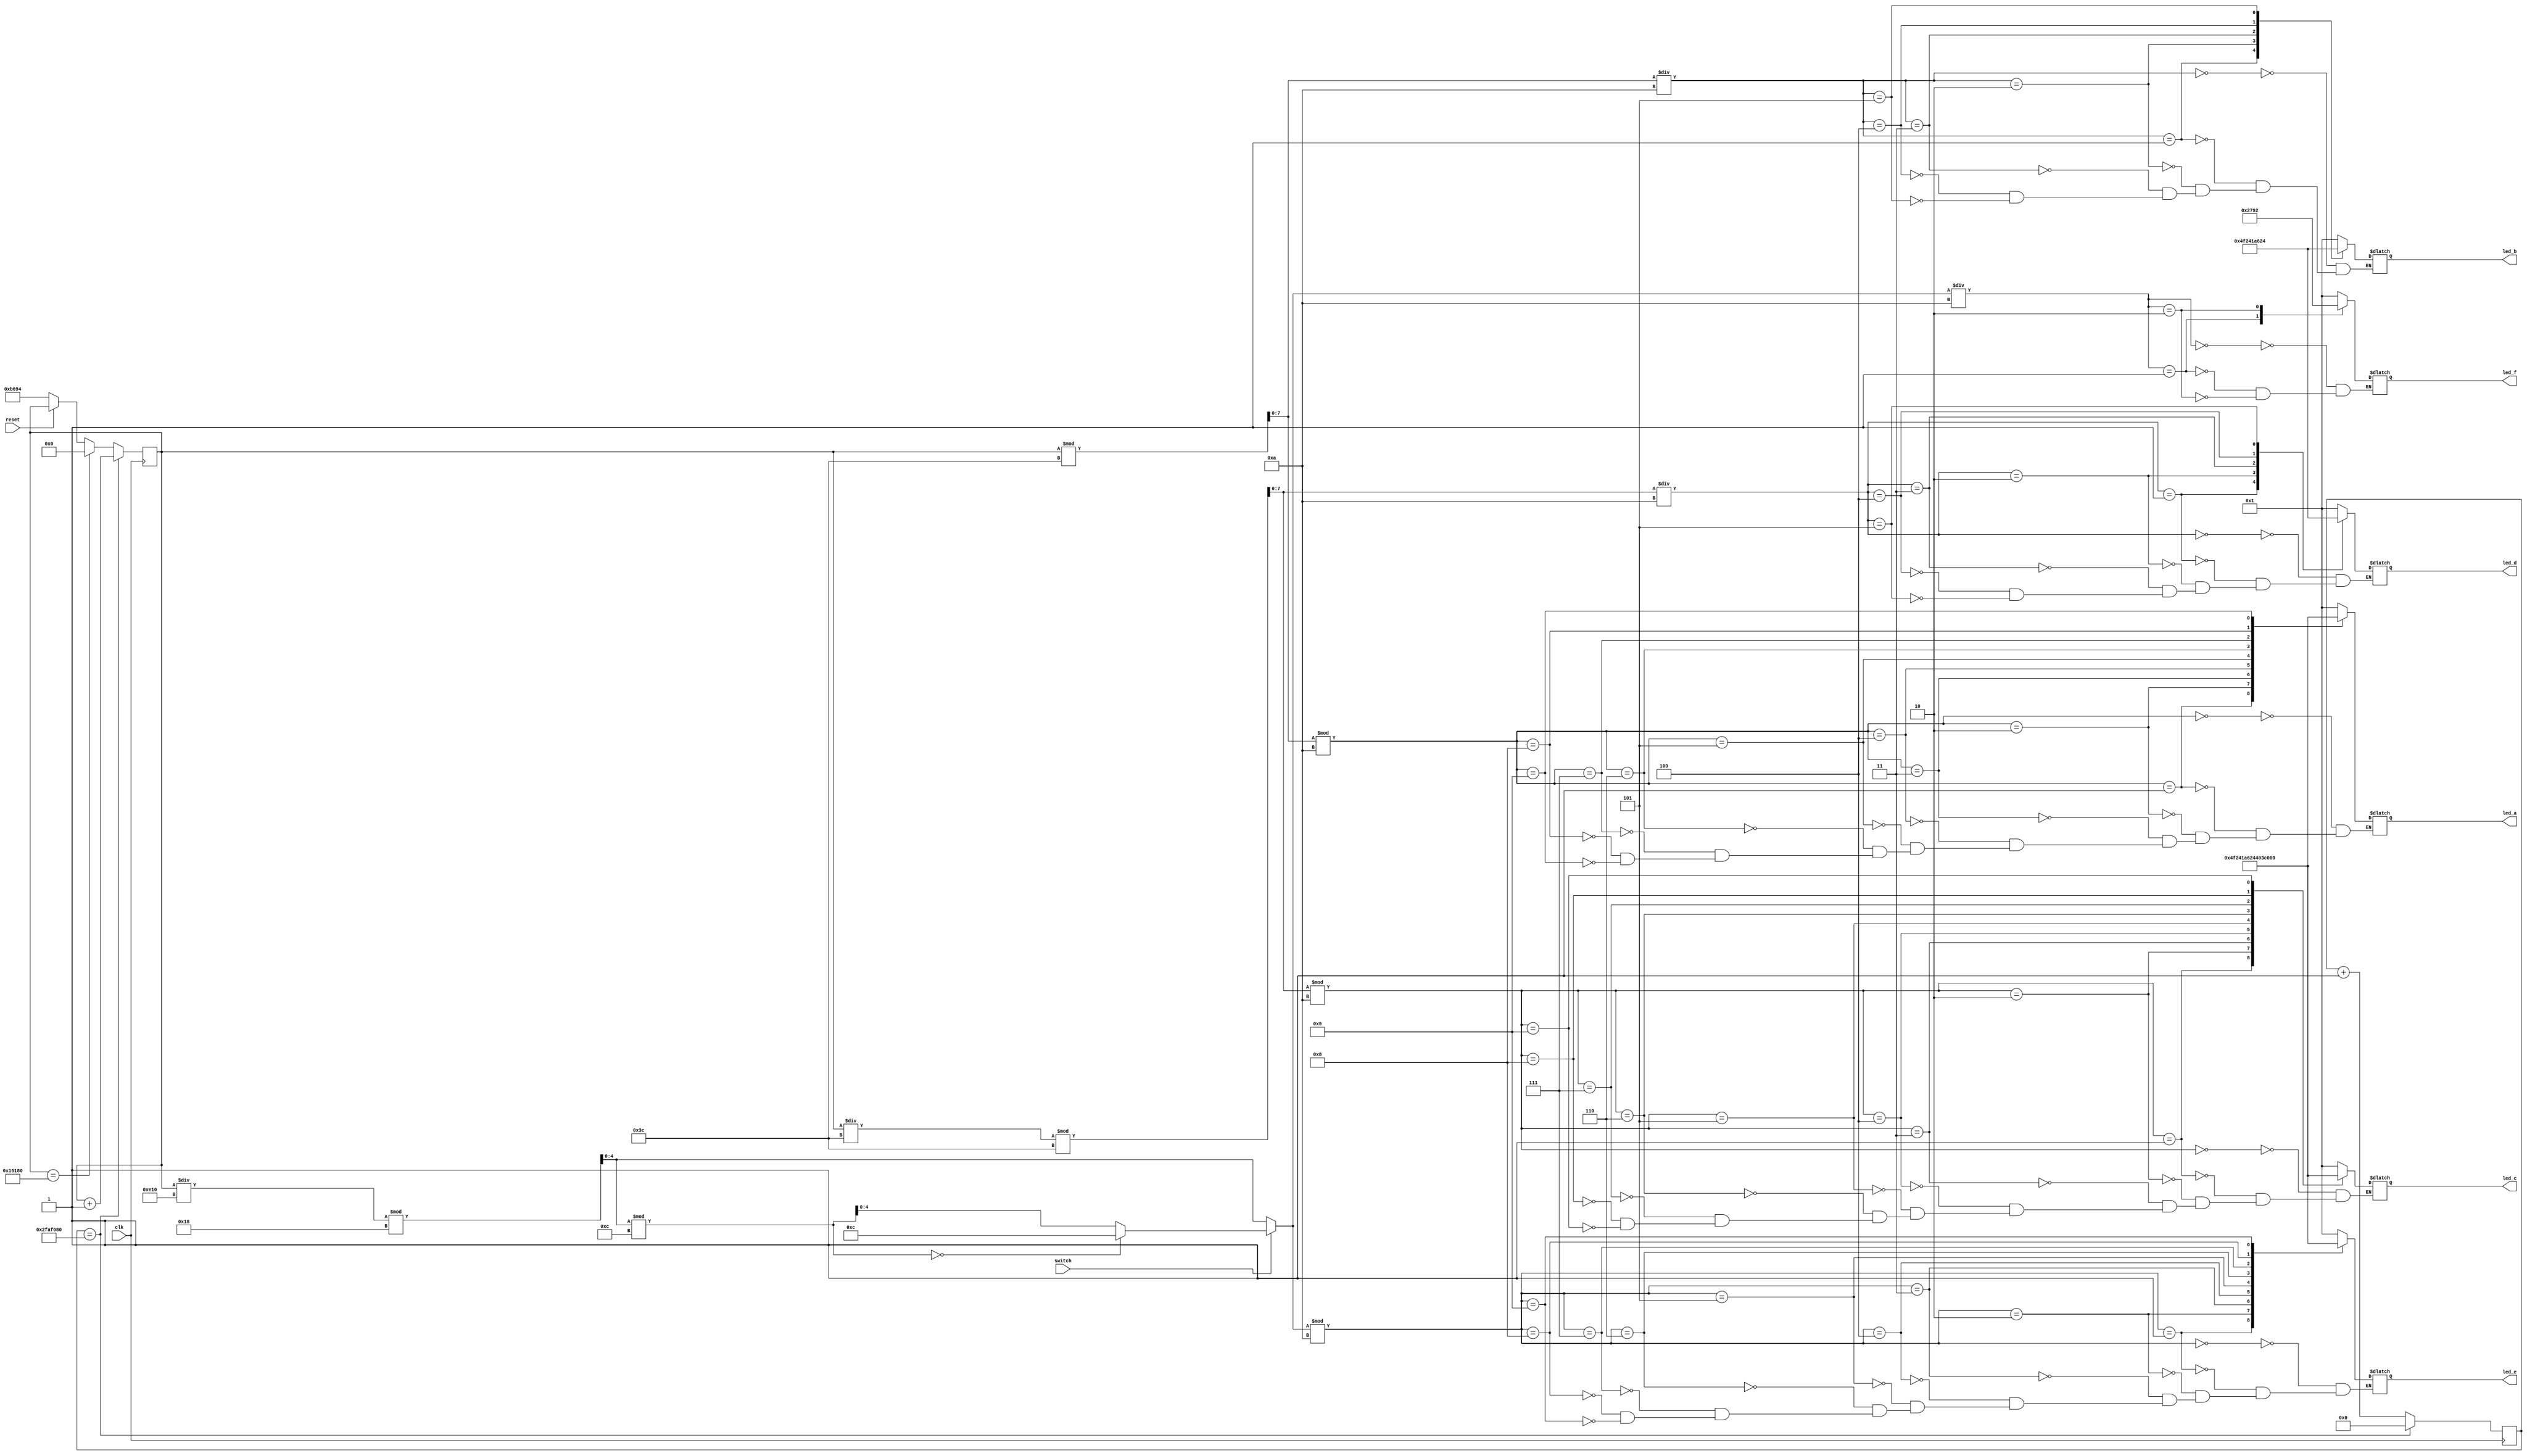
module clock (
  input clk,
  input reset,
  input switch,
  output [6:0] led_a,
  output [6:0] led_b,
  output [6:0] led_c,
  output [6:0] led_d,
  output [6:0] led_e,
  output [6:0] led_f
);

// Variable to store the current second of the day; the number of elapsed
// seconds since our program started.
// Our clock program starts at time 00:00:00 (format is HH:MM:SS)

// There are 60 seconds in a minute, 60 minutes in an hour, 24 hours in an day
// To represent a 24 hr clock in seconds we need to be able to
// represent the number of seconds in a day (60 * 60 * 24 = 86_400)
// We need 17 bits (2 ^ 17 = 131_072) to represent the number of seconds in a day.
// 2 ^ 16 = 65_536 is too small
reg [16:0] elapsed_seconds;

// Represents the current second (the 'SS' part of our clock)
// 01 - 59 => We need 8 bits to represent 60 digits (2 ^ 8 = 64)
reg [7:0] current_second;

// Represents the current minute (the 'MM' part of our clock)
// 01 - 59 => We need 8 bits to represent 60 digits (2 ^ 8 = 64)
reg [7:0] current_minute;

// Represents the current hour (the 'HH' part of our clock)
// 01 - 23 => We need 5 bits to represent 24 digits (2 ^ 5 = 32)
reg [4:0] current_hour;

// Represents the number of CPU cycles
// On a 50MHz processor we perform 50_000_000 cycles per second
// Said differently: Every 50_000_000 cycles = 1 second
// We need 26 bits to count that many cycles
// 2 ^ 26 = 67_108_864
reg [25:0] cycles;

// Represents which lights to turn on/off for each decimal digit in our clock
//
//  __
// |__|
// |__|
//
reg [6:0] seg_data0;
reg [6:0] seg_data1;
reg [6:0] seg_data2;
reg [6:0] seg_data3;
reg [6:0] seg_data4;
reg [6:0] seg_data5;

always @ (posedge clk) begin // or negedge reset
  if (reset == 0) begin
    cycles <= 0;
    elapsed_seconds <= (12 * 60 * 60) + (59 * 60);
  end

  if (elapsed_seconds == 86_400)
    elapsed_seconds <= 0;

  if (cycles == (50_000_000)) begin
    // one second has passed
    elapsed_seconds <= elapsed_seconds + 1;
    // start counting the cycles for the next second
    cycles <= 0;
  end
  else
    // count this cycle
    cycles <= cycles + 1;
end

always @ (elapsed_seconds) begin
  // calculate SS as a decimal digit (0-59)
  current_second <= elapsed_seconds % 60;

  // Calculate the FIRST 'S' in SS
  // For example: 36 % 10 = 6
  // set seg_data0 to the proper binary representation of that number
  case (current_second % 10)
    0:
      seg_data0 = 7'b0000001;
    1:
      seg_data0 = 7'b1001111;
    2:
      seg_data0 = 7'b0010010;
    3:
      seg_data0 = 7'b0000110;
    4:
      seg_data0 = 7'b1001100;
    5:
      seg_data0 = 7'b0100100;
    6:
      seg_data0 = 7'b0100000;
    7:
      seg_data0 = 7'b0001111;
    8:
      seg_data0 = 7'b0000000;
    9:
      seg_data0 = 7'b0000100;
  endcase

  // Calculate the SECOND 'S' in SS
  // For example: 36 / 10 = 3
  // set seg_data1 to the proper binary representation of that number
  case (current_second / 10)
    0:
      seg_data1 = 7'b0000001;
    1:
      seg_data1 = 7'b1001111;
    2:
      seg_data1 = 7'b0010010;
    3:
      seg_data1 = 7'b0000110;
    4:
      seg_data1 = 7'b1001100;
    5:
      seg_data1 = 7'b0100100;
  endcase

  current_minute <= (elapsed_seconds / 60) % 60;

  // Calculate the FIRST 'M' in MM
  // For example: 25 % 10 = 5
  // set seg_data2 to the proper binary representation of that number
  case (current_minute % 10)
    0:
      seg_data2 = 7'b0000001;
    1:
      seg_data2 = 7'b1001111;
    2:
      seg_data2 = 7'b0010010;
    3:
      seg_data2 = 7'b0000110;
    4:
      seg_data2 = 7'b1001100;
    5:
      seg_data2 = 7'b0100100;
    6:
      seg_data2 = 7'b0100000;
    7:
      seg_data2 = 7'b0001111;
    8:
      seg_data2 = 7'b0000000;
    9:
      seg_data2 = 7'b0000100;
  endcase

  // Calculate the SECOND 'M' in MM
  // For example: 25 / 10 = 2
  // set seg_data3 to the proper binary representation of that number
  case (current_minute / 10)
    0:
      seg_data3 = 7'b0000001;
    1:
      seg_data3 = 7'b1001111;
    2:
      seg_data3 = 7'b0010010;
    3:
      seg_data3 = 7'b0000110;
    4:
      seg_data3 = 7'b1001100;
    5:
      seg_data3 = 7'b0100100;
  endcase

  current_hour = (elapsed_seconds / 3_600) % 24;
  if (switch) begin // when switch is down, military time is activated
    if (current_hour % 12 == 0)
      current_hour = 12;
    else
      current_hour = current_hour % 12;
  end

  // Calculate the FIRST 'H' in HH
  // For example: 19 % 10 = 9
  // set seg_data4 to the proper binary representation of that number
  case (current_hour % 10)
    0:
      seg_data4 = 7'b0000001;
    1:
      seg_data4 = 7'b1001111;
    2:
      seg_data4 = 7'b0010010;
    3:
      seg_data4 = 7'b0000110;
    4:
      seg_data4 = 7'b1001100;
    5:
      seg_data4 = 7'b0100100;
    6:
      seg_data4 = 7'b0100000;
    7:
      seg_data4 = 7'b0001111;
    8:
      seg_data4 = 7'b0000000;
    9:
      seg_data4 = 7'b0000100;
  endcase

  // Calculate the SECOND 'H' in HH
  // For example: 21 / 10 = 2
  // set seg_data5 to the proper binary representation of that number
  case (current_hour / 10)
    0:
      seg_data5 = 7'b0000001;
    1:
      seg_data5 = 7'b1001111;
    2:
      seg_data5 = 7'b0010010;
  endcase
end

// seg_data0, seg_data1 hold the binary representation of each number in
// memory. But we need those representations to be copied over to the output
// device (I think, not 100% certain about this).

assign led_a = seg_data0;
assign led_b = seg_data1;
assign led_c = seg_data2;
assign led_d = seg_data3;
assign led_e = seg_data4;
assign led_f = seg_data5;

endmodule